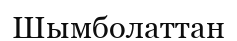
Шымболаттан